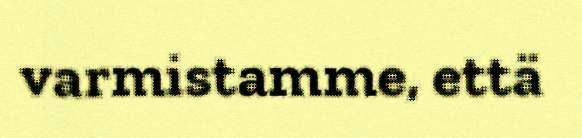
varmistamme, että